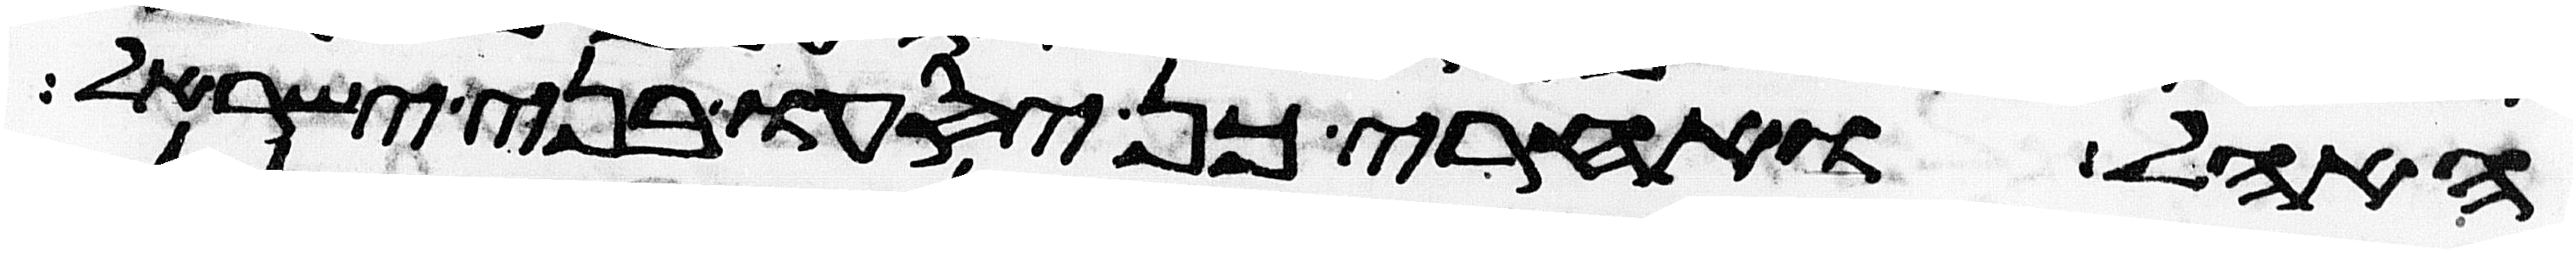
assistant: האהל ואחרי כן יסעו בני ישראל